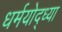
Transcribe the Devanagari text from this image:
धर्मयोद्ध्या